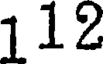
112